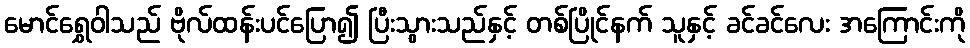
မောင်ရွှေဝါသည် ဗိုလ်ထန်းပင်ပြော၍ ပြီးသွားသည်နှင့် တစ်ပြိုင်နက် သူနှင့် ခင်ခင်လေး အကြောင်းကို